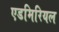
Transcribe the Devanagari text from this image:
एडमिरियल